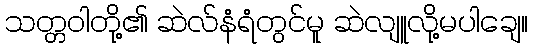
သတ္တဝါတို့၏ ဆဲလ်နံရံတွင်မူ ဆဲလျူလို့မပါချေ။